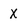
Character: X